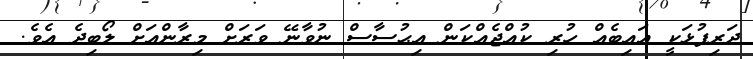
ދަރިފުޅަކީ އައިބެއް ހުރި ކުއްޖެއްކަން އިޙުސާސް ނުވާނޭ ވަރަށް މިރާންއަށް ލޯބިދެ އެވެ.